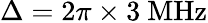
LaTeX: \Delta=2\pi\times 3~\mathrm{MHz}